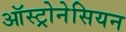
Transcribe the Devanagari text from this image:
ऑस्ट्रोनेसियन